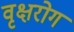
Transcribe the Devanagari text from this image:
वृक्षरोग